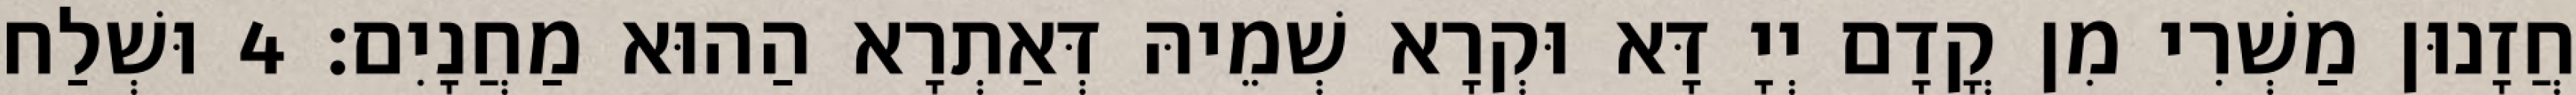
חֲזָנוּן מַשְׁרִי מִן קֳדָם יְיָ דָּא וּקְרָא שְׁמֵיהּ דְּאַתְרָא הַהוּא מַחֲנָיִם׃ 4 וּשְׁלַח